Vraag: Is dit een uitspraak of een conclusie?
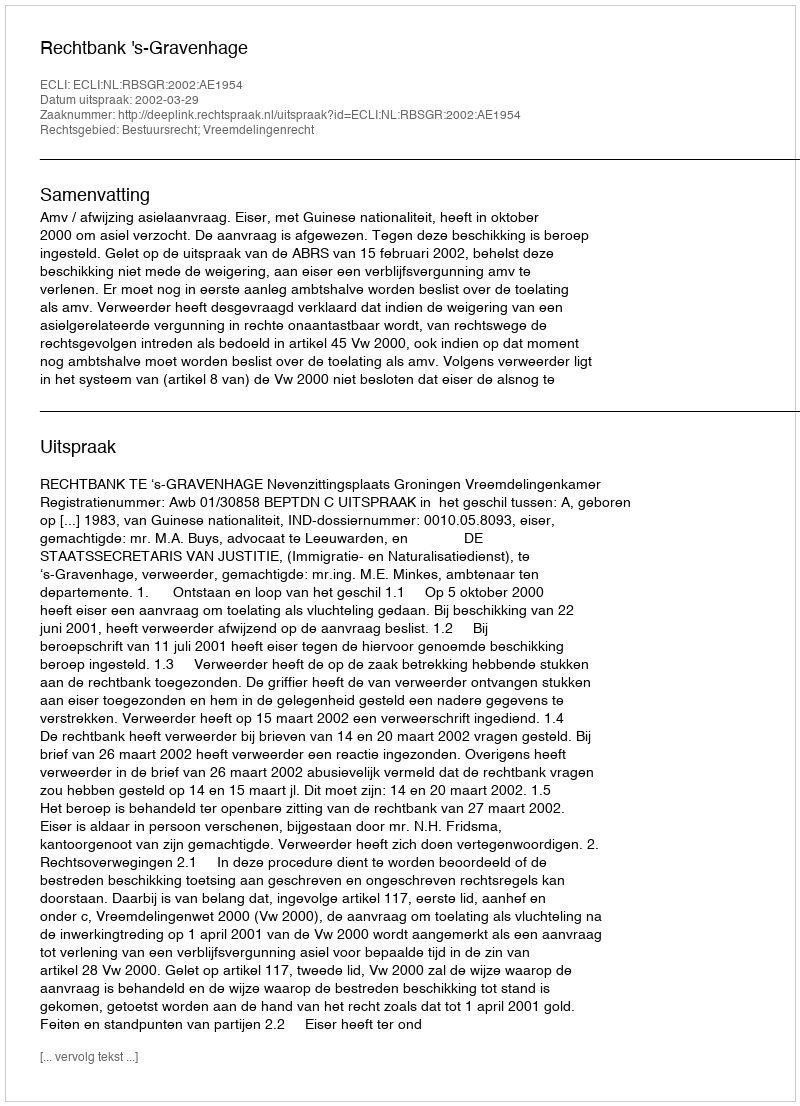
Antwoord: Uitspraak